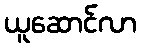
ယူဆောင်လာ